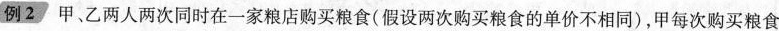
例2 甲、乙两人两次同时在一家粮店购买粮食(假设两次购买粮食的单价不相同)，甲每次购买粮食